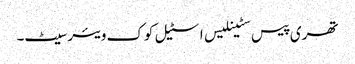
تھری پیس سٹینلیس اسٹیل کوک ویئر سیٹ۔